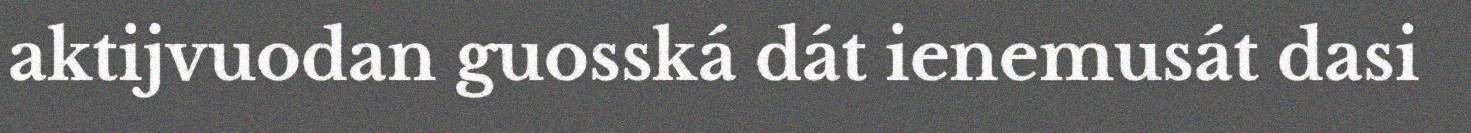
aktijvuodan guosská dát ienemusát dasi